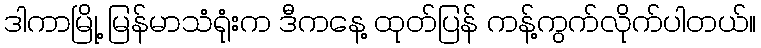
ဒါကာမြို့ မြန်မာသံရုံးက ဒီကနေ့ ထုတ်ပြန် ကန့်ကွက်လိုက်ပါတယ်။